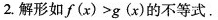
2.解形如f(x)>g(x)的不等式。